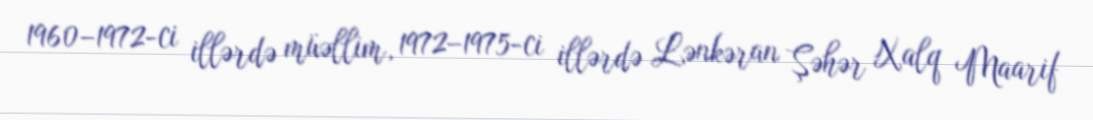
1960–1972-ci illərdə müəllim, 1972–1975-ci illərdə Lənkəran Şəhər Xalq Maarif